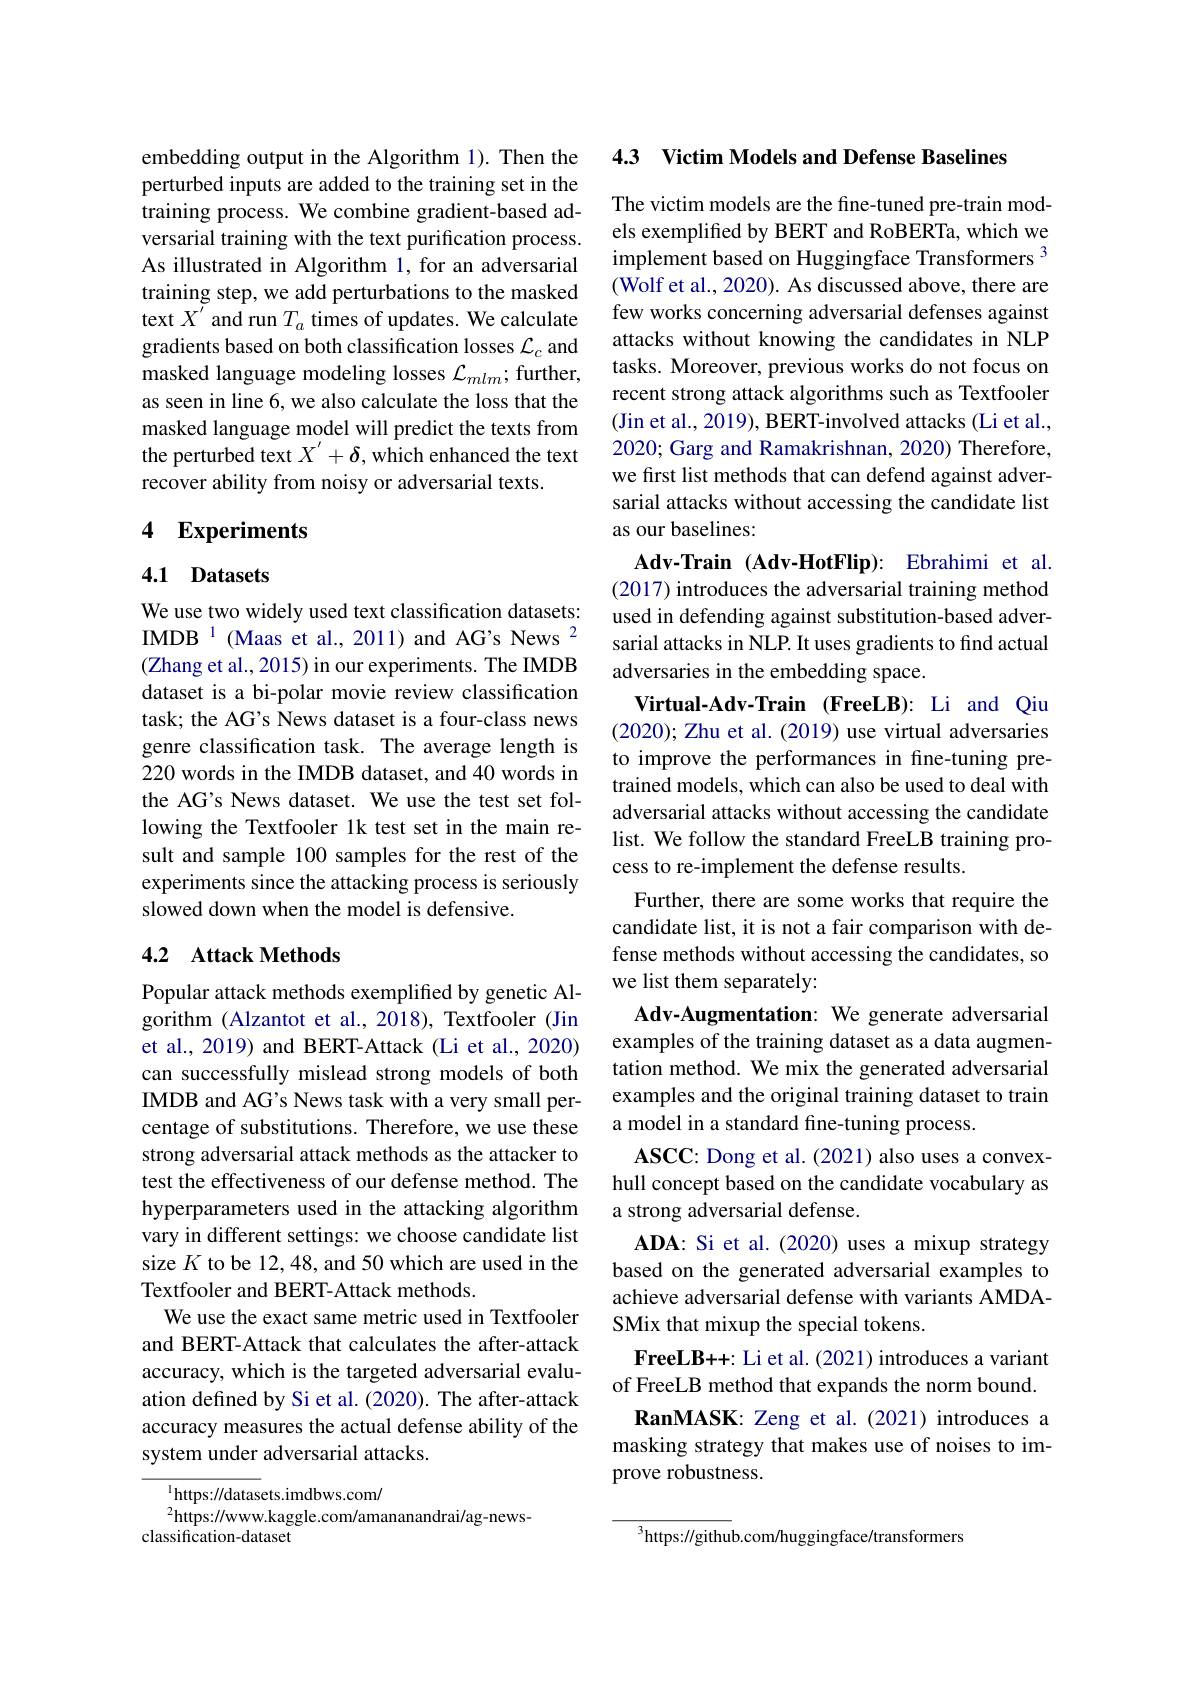
embedding output in the Algorithm 1). Then the perturbed inputs are added to the training set in the training process. We combine gradient-based adversarial training with the text purification process. As illustrated in Algorithm 1,for an adversarial training step, we add perturbations to the masked text $X^{\prime}$ and run $T_a$ times of updates. We calculate gradients based on both classification losses $\mathcal{L}_c$ and masked language modeling losses $\mathcal{L}_mlm;$further, as seen in line 6, we also calculate the loss that the masked language model will predict the texts from the perturbed text $X^\prime+\delta,\bar{\text{which enhanced the text}}$ recover ability from noisy or adversarial texts.

## 4 Experiments

## 4.1 Datasets

We use two widely used text classification datasets: IMDB $^{1}$ (Maas et al., 2011) and AG's News$^{2}$ (Zhang et al., 2015) in our experiments. The IMDB dataset is a bi-polar movie review classification task; the AG's News dataset is a four-class news genre classification task. The average length is 220 words in the IMDB dataset, and 40 words in the AG's News dataset. We use the test set following the Textfooler 1k test set in the main result and sample 100 samples for the rest of the experiments since the attacking process is seriously slowed down when the model is defensive.

### 4.2 Attack Methods

Popular attack methods exemplified by genetic Algorithm (Alzantot et al., 2018), Textfooler (Jin et al., 2019) and BERT-Attack (Li et al., 2020) can successfully mislead strong models of both IMDB and AG's News task with a very small percentage of substitutions. Therefore, we use these strong adversarial attack methods as the attacker to test the effectiveness of our defense method. The hyperparameters used in the attacking algorithm vary in different settings: we choose candidate list size $K$ to be 12,48, and 50 which are used in the Textfooler and BERT-Attack methods.
We use the exact same metric used in Textfooler and BERT-Attack that calculates the after-attack accuracy, which is the targeted adversarial evaluation defined by Si et al. (2020). The after-attack accuracy measures the actual defense ability of the system under adversarial attacks.

$^{1}$https://datasets.imdbws.com/
$^{2}$https://www.kaggle.com/amananandrai/ag-news-
classification-dataset

4.3 Victim Models and Defense Baselines

The victim models are the fine-tuned pre-train models exemplified by BERT and RoBERTa, which we implement based on Huggingface Transformers $^{3}$ (Wolf et al., 2020). As discussed above, there are few works concerning adversarial defenses against attacks without knowing the candidates in NLP tasks. Moreover, previous works do not focus on recent strong attack algorithms such as Textfooler (Jin et al., 2019), BERT-involved attacks (Li et al., 2020; Garg and Ramakrishnan, 2020) Therefore, we first list methods that can defend against adversarial attacks without accessing the candidate list as our baselines:

$\mathbf{Adv- Train}$ $( \mathbf{Adv- HotFlip}) {: }$ Ebrahimi et al. (2017) introduces the adversarial training method used in defending against substitution-based adversarial attacks in NLP. It uses gradients to find actual adversaries in the embedding space.

Virtual-Adv-Train (FreeLB): Li and Qiu (2020); Zhu et al. (2019) use virtual adversaries to improve the performances in fine-tuning pretrained models, which can also be used to deal with adversarial attacks without accessing the candidate list. We follow the standard FreeLB training process to re-implement the defense results.
Further, there are some works that require the candidate list, it is not a fair comparison with defense methods without accessing the candidates, so we list them separately:
Adv-Augmentation: We generate adversarial examples of the training dataset as a data augmentation method. We mix the generated adversarial examples and the original training dataset to train a model in a standard fine-tuning process.
$\mathbf{ASCC:~Dong~et~al.~(2021)~also~uses~a~convex-}$ hull concept based on the candidate vocabulary as a strong adversarial defense.
ADA: Si et al. (2020) uses a mixup strategy based on the generated adversarial examples to achieve adversarial defense with variants AMDASMix that mixup the special tokens
FreeLB++: Li et al. (2021) introduces a variant of FreeLB method that expands the norm bound.
RanMASK: Zeng et al.(2021) introduces a masking strategy that makes use of noises to improve robustness.

${^{3}\mathrm{https://github.com/huggingface/transformers}}$